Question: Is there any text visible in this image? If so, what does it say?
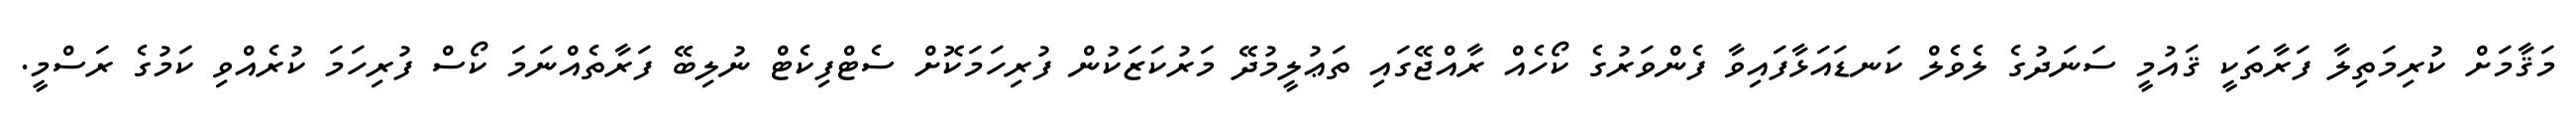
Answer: މަޤާމަށް ކުރިމަތިލާ ފަރާތަކީ ޤައުމީ ސަނަދުގެ ލެވެލް ކަނޑައަޅާފައިވާ ފެންވަރުގެ ކޯހެއް ރާއްޖޭގައި ތަޢުލީމުދޭ މަރުކަޒަކުން ފުރިހަމަކޮށް ސެޓްފިކެޓް ނުލިބޭ ފަރާތެއްނަމަ ކޯސް ފުރިހަމަ ކުރެއްވި ކަމުގެ ރަސްމީ.